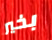
بخير